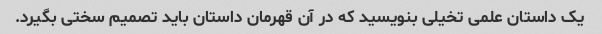
یک داستان علمی تخیلی بنویسید که در آن قهرمان داستان باید تصمیم سختی بگیرد.